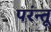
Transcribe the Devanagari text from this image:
परंन्तू